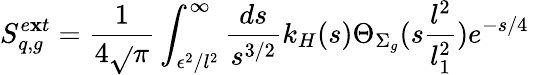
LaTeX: S_{q,g}^{e\mathbf{x}t}={\frac{{1}}{{4\sqrt{}{{\pi}}}}}\int_{\epsilon^{2}/l^{2}}^{\infty}{\frac{{ds}}{{s^{3/2}}}}k_{H}(s)\Theta_{\Sigma_{g}}(s{\frac{{l^{2}}}{{l_{1}^{2}}}})e^{-{s/4}}~~